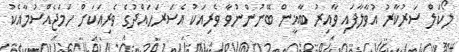
ލޯކަލް ސަރުކާރު އުވާލާފައި ވާއިރު ބާޣީން ބޭނުންނުވާ ވެރިއަކު އެސަރަހައްދުގެ ވެރިއަކަށް ހަމަޖެއްސުމާއެކު